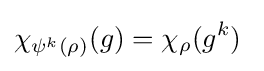
\chi _{\psi ^{k}(\rho )}(g)=\chi _{\rho }(g^{k})\